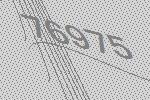
76975